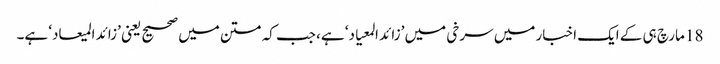
18 مارچ ہی کے ایک اخبار میں سرخی میں ’زائد المعیاد‘ ہے، جب کہ متن میں صحیح یعنی ’زائد المیعاد‘ ہے۔